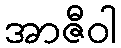
အာဇီဝါ